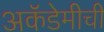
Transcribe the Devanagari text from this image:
अकॅडेमीची